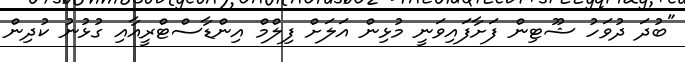
"ބުދަ ދުވަހު ޝޫޓިން ފަށާފައިވަނީ މުޅިން އަލަށް ފިލްމް އިންޑާސްޓްރީއާއި ގުޅުނު ކުދިން